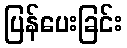
ပြန်ပေးခြင်း